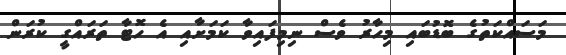
މަސައްކަތުގެ ބޮޑުބައި މިހާރު ވެސް ނިމިފައިވާ ކަމަށާއި އެ ހޮޓާ ތަރައްގީ ކުރަން